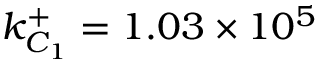
k _ { C _ { 1 } } ^ { + } = 1 . 0 3 \times 1 0 ^ { 5 }